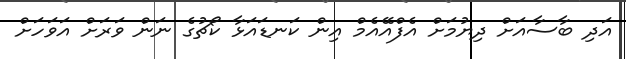
އަދި ބާސާއަށް ދިޔުމަށް އެފްއޭއެމް އިން ކަނޑައަޅާ ކޯޗުގެ ނަން ވަރަށް އަވަހަށް